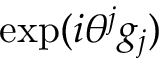
\mathrm { e x p } ( i \theta ^ { j } g _ { j } )